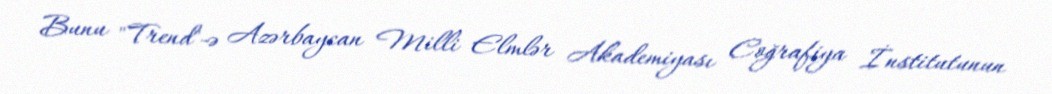
Bunu "Trend"-ə Azərbaycan Milli Elmlər Akademiyası Coğrafiya İnstitutunun